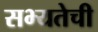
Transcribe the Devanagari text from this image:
सभ्यतेची